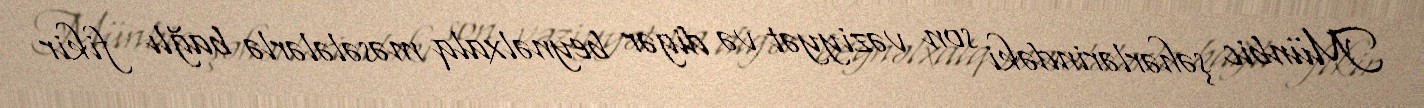
Münbic şəhərlərindəki son vəziyyət və digər beynəlxalq məsələlərlə bağlı fikir